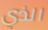
الذي